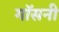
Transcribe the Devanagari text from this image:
गॉसनी